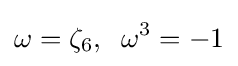
\omega =\zeta _{6},\;\;\omega ^{3}=-1